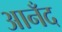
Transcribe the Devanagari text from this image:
आनँद